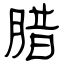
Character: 腊